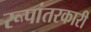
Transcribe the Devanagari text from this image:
रूपांतरकारी